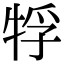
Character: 𤙤